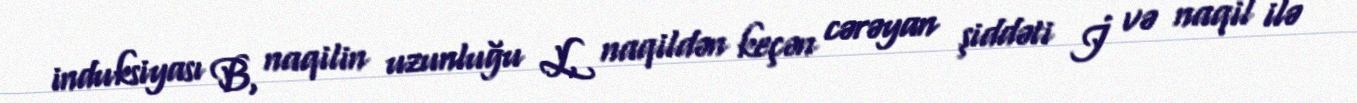
induksiyası B, naqilin uzunluğu L, naqildən keçən cərəyan şiddəti İ və naqil ilə